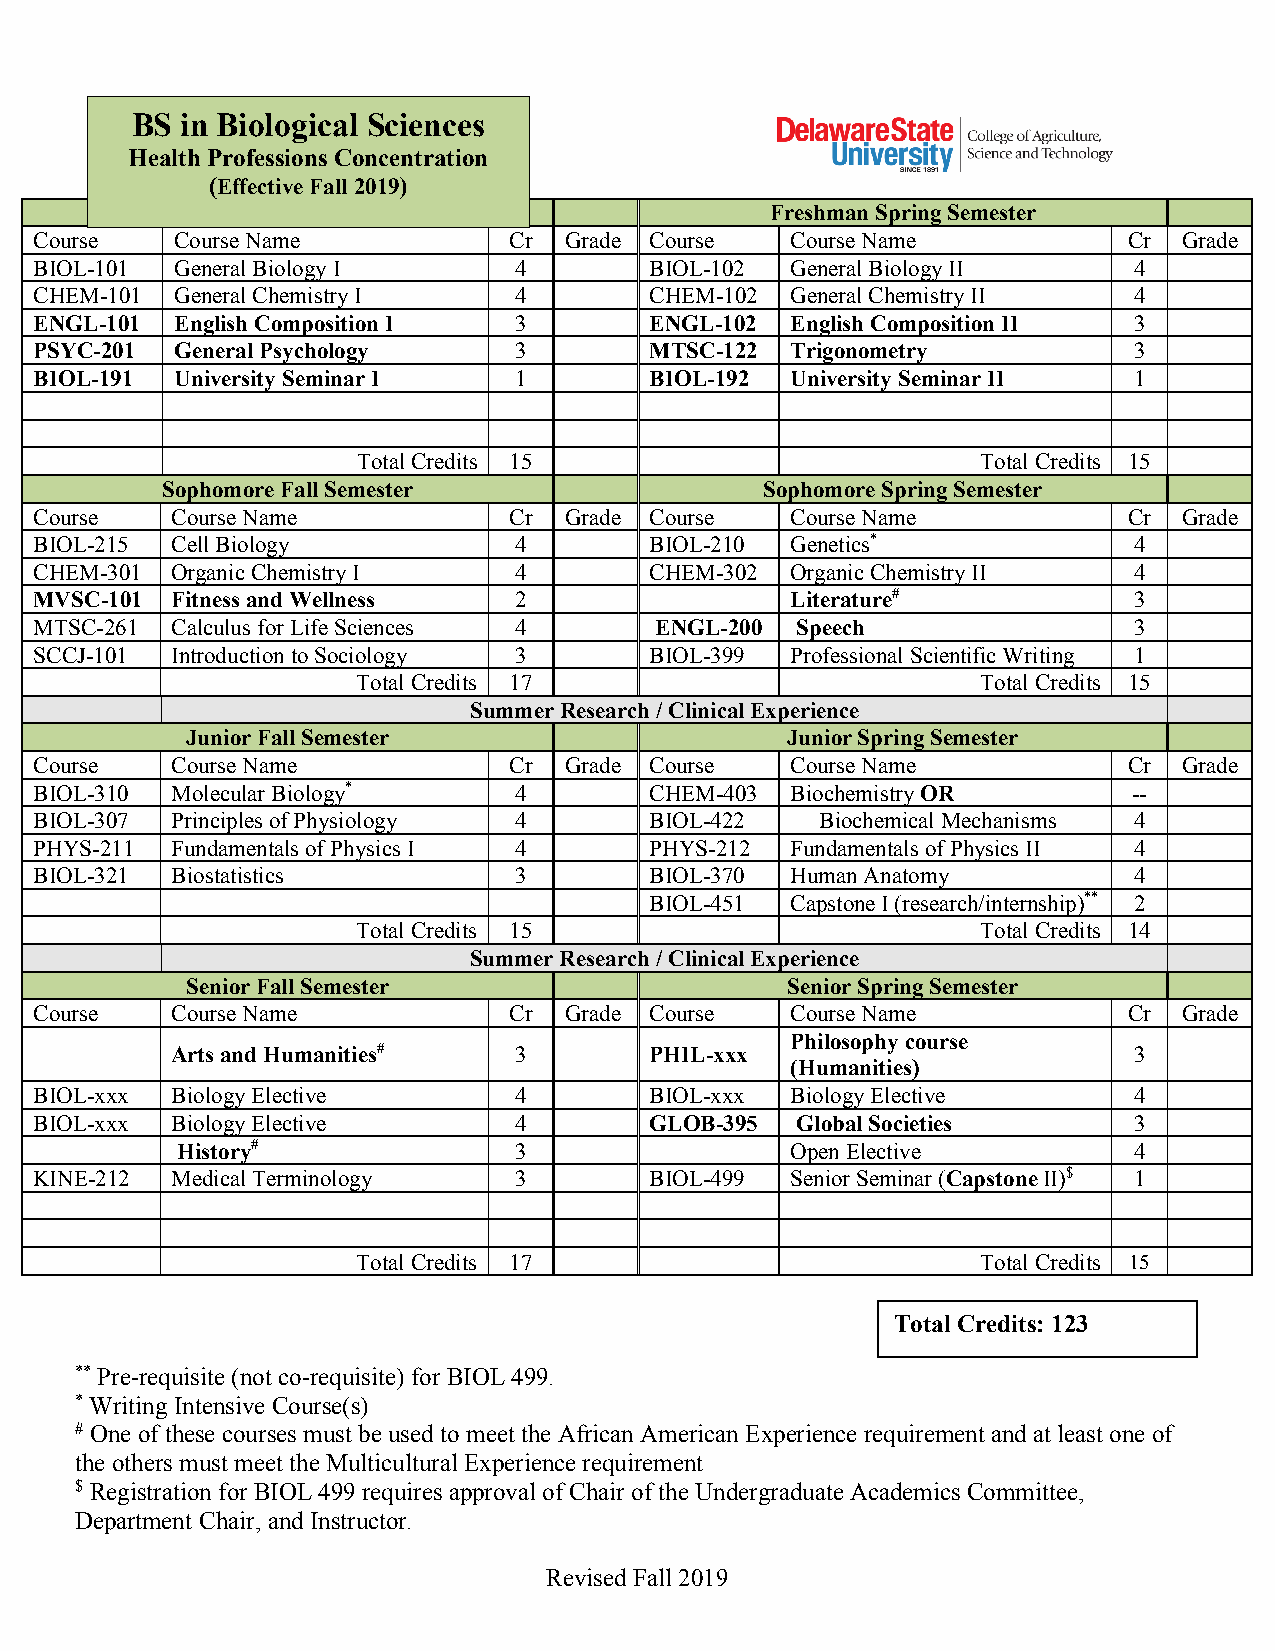
BS in Biological Sciences
 Health Professions Concentration
 (Effective Fall 2019)
 Freshman Fall Semester                  Freshman Spring Semester
 Course    Course Name           Cr Grade Course   Course Name            Cr Grade
 BIOL-101  General Biology I     4        BIOL-102 General Biology II     4
 CHEM-101  General Chemistry I   4        CHEM-102 General Chemistry II   4
 ENGL-101  English Composition I 3        ENGL-102 English Composition II 3
 PSYC-201  General Psychology    3        MTSC-122 Trigonometry           3
 BIOL-191  University Seminar I  1        BIOL-192 University Seminar II  1
 Total Credits 15                         Total Credits 15
 Sophomore Fall Semester                 Sophomore Spring Semester
 Course   Course Name            Cr Grade Course   Course Name            Cr Grade
 BIOL-215 Cell Biology           4        BIOL-210 Genetics*              4
 CHEM-301 Organic Chemistry I    4        CHEM-302 Organic Chemistry II   4
 MVSC-101 Fitness and Wellness   2                 Literature#            3
 MTSC-261 Calculus for Life Sciences 4    ENGL-200  Speech                3
 SCCJ-101 Introduction to Sociology 3     BIOL-399 Professional Scientific Writing 1
 Total Credits 17                         Total Credits 15
 Summer Research / Clinical Experience
 Junior Fall Semester                    Junior Spring Semester
 Course   Course Name            Cr Grade Course   Course Name            Cr Grade
 BIOL-310 Molecular Biology*     4        CHEM-403 Biochemistry OR        --
 BIOL-307 Principles of Physiology 4      BIOL-422   Biochemical Mechanisms 4
 PHYS-211 Fundamentals of Physics I 4     PHYS-212 Fundamentals of Physics II 4
 BIOL-321 Biostatistics          3        BIOL-370 Human Anatomy          4
 BIOL-451 Capstone I (research/internship)** 2
 Total Credits 15                         Total Credits 14
 Summer Research / Clinical Experience
 Senior Fall Semester                    Senior Spring Semester
 Course   Course Name            Cr Grade Course   Course Name            Cr Grade
 Philosophy course
 Arts and Humanities#   3        PHIL-xxx                        3
 (Humanities)
 BIOL-xxx Biology Elective       4        BIOL-xxx Biology Elective       4
 BIOL-xxx Biology Elective       4        GLOB-395  Global Societies      3
 History#              3                 Open Elective          4
 KINE-212 Medical Terminology    3        BIOL-499 Senior Seminar (Capstone II)$ 1
 Total Credits 17                         Total Credits 15
 Total Credits: 123
 ** Pre-requisite (not co-requisite) for BIOL 499.
 * Writing Intensive Course(s)
 # One of these courses must be used to meet the African American Experience requirement and at least one of
 the others must meet the Multicultural Experience requirement
 $ Registration for BIOL 499 requires approval of Chair of the Undergraduate Academics Committee,
 Department Chair, and Instructor.
 Revised Fall 2019